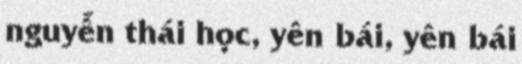
nguyễn thái học, yên bái, yên bái